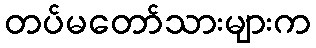
တပ်မတော်သားများက